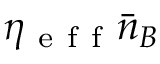
\eta _ { \mathrm { ~ e ~ f ~ f ~ } } \bar { n } _ { B }